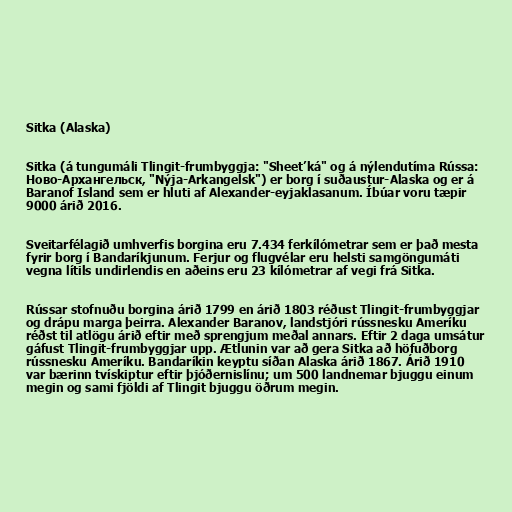
Sitka (Alaska)

Sitka (á tungumáli Tlingit-frumbyggja: "Sheetʼká" og á nýlendutíma Rússa:
Ново-Архангельск, "Nýja-Arkangelsk") er borg í suðaustur-Alaska og er á
Baranof Island sem er hluti af Alexander-eyjaklasanum. Íbúar voru tæpir
9000 árið 2016.

Sveitarfélagið umhverfis borgina eru 7.434 ferkílómetrar sem er það mesta
fyrir borg í Bandaríkjunum. Ferjur og flugvélar eru helsti samgöngumáti
vegna lítils undirlendis en aðeins eru 23 kílómetrar af vegi frá Sitka.

Rússar stofnuðu borgina árið 1799 en árið 1803 réðust Tlingit-frumbyggjar
og drápu marga þeirra. Alexander Baranov, landstjóri rússnesku Ameríku
réðst til atlögu árið eftir með sprengjum meðal annars. Eftir 2 daga umsátur
gáfust Tlingit-frumbyggjar upp. Ætlunin var að gera Sitka að höfuðborg
rússnesku Ameríku. Bandaríkin keyptu síðan Alaska árið 1867. Árið 1910
var bærinn tvískiptur eftir þjóðernislínu; um 500 landnemar bjuggu einum
megin og sami fjöldi af Tlingit bjuggu öðrum megin.